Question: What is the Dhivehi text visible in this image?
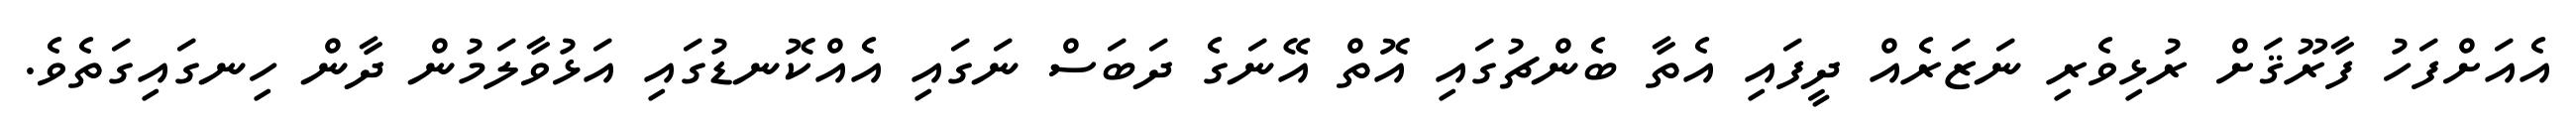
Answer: އެއަށްފަހު ފާރޫޤަށް ރުޅިވެރި ނަޒަރެއް ދީފައި އެތާ ބެންޗުގައި އޮތް އޭނަގެ ދަބަސް ނަގައި އެއްކޮނޑުގައި އަޅުވާލަމުން ދާން ހިނގައިގަތެވެ.